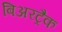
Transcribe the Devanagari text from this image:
बिअरट्रैक